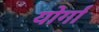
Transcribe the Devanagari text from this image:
योर्गा